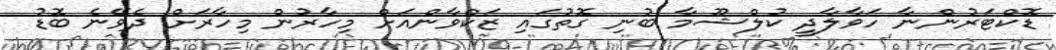
ޑޮކްޓަރުންނާ ހަވާލާދީ ކުލްޝޫމާ ބުނި ގޮތުގައި ޒަކްވާންއަށް މިހާރުން މިހާރަށް ދެވޭނެ ބޮޑު